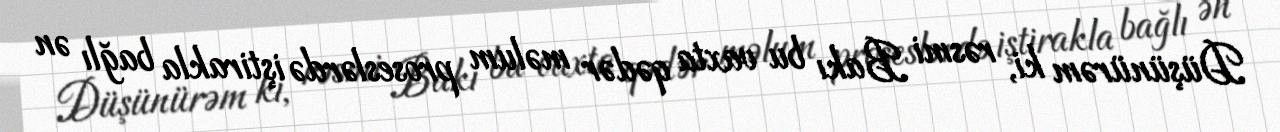
Düşünürəm ki, rəsmi Bakı bu vaxta qədər məlum proseslərdə iştirakla bağlı ən